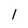
Character: 1